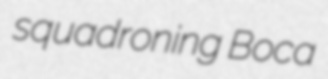
squadroning Boca